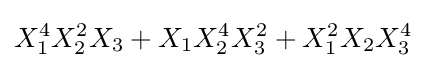
X_{1}^{4}X_{2}^{2}X_{3}+X_{1}X_{2}^{4}X_{3}^{2}+X_{1}^{2}X_{2}X_{3}^{4}